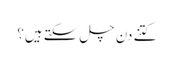
کتنے دن چل سکتے ہیں؟